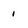
Character: 1